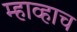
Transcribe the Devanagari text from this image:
म्हाव्हाच